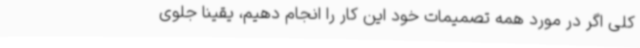
کلی اگر در مورد همه تصمیمات خود این کار را انجام دهیم، یقیناً جلوی